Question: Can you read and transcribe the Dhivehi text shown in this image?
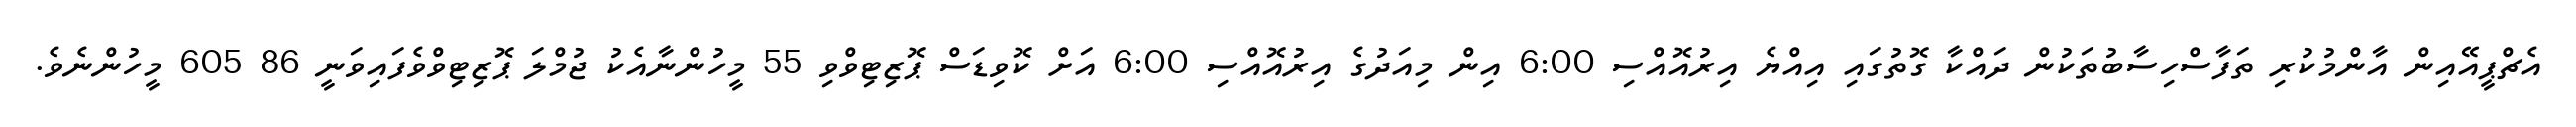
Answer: އެޗްޕީއޭއިން އާންމުކުރި ތަފާސްހިސާބުތަކުން ދައްކާ ގޮތުގައި އިއްޔެ އިރުއޮއްސި 6:00 އިން މިއަދުގެ އިރުއޮއްސި 6:00 އަށް ކޮވިޑަސް ޕޮޒިޓިވްވި 55 މީހުންނާއެކު ޖުމްލަ ޕޮޒިޓިވްވެފައިވަނީ 86 605 މީހުންނެވެ.